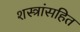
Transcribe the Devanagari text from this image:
शस्त्रांसहित